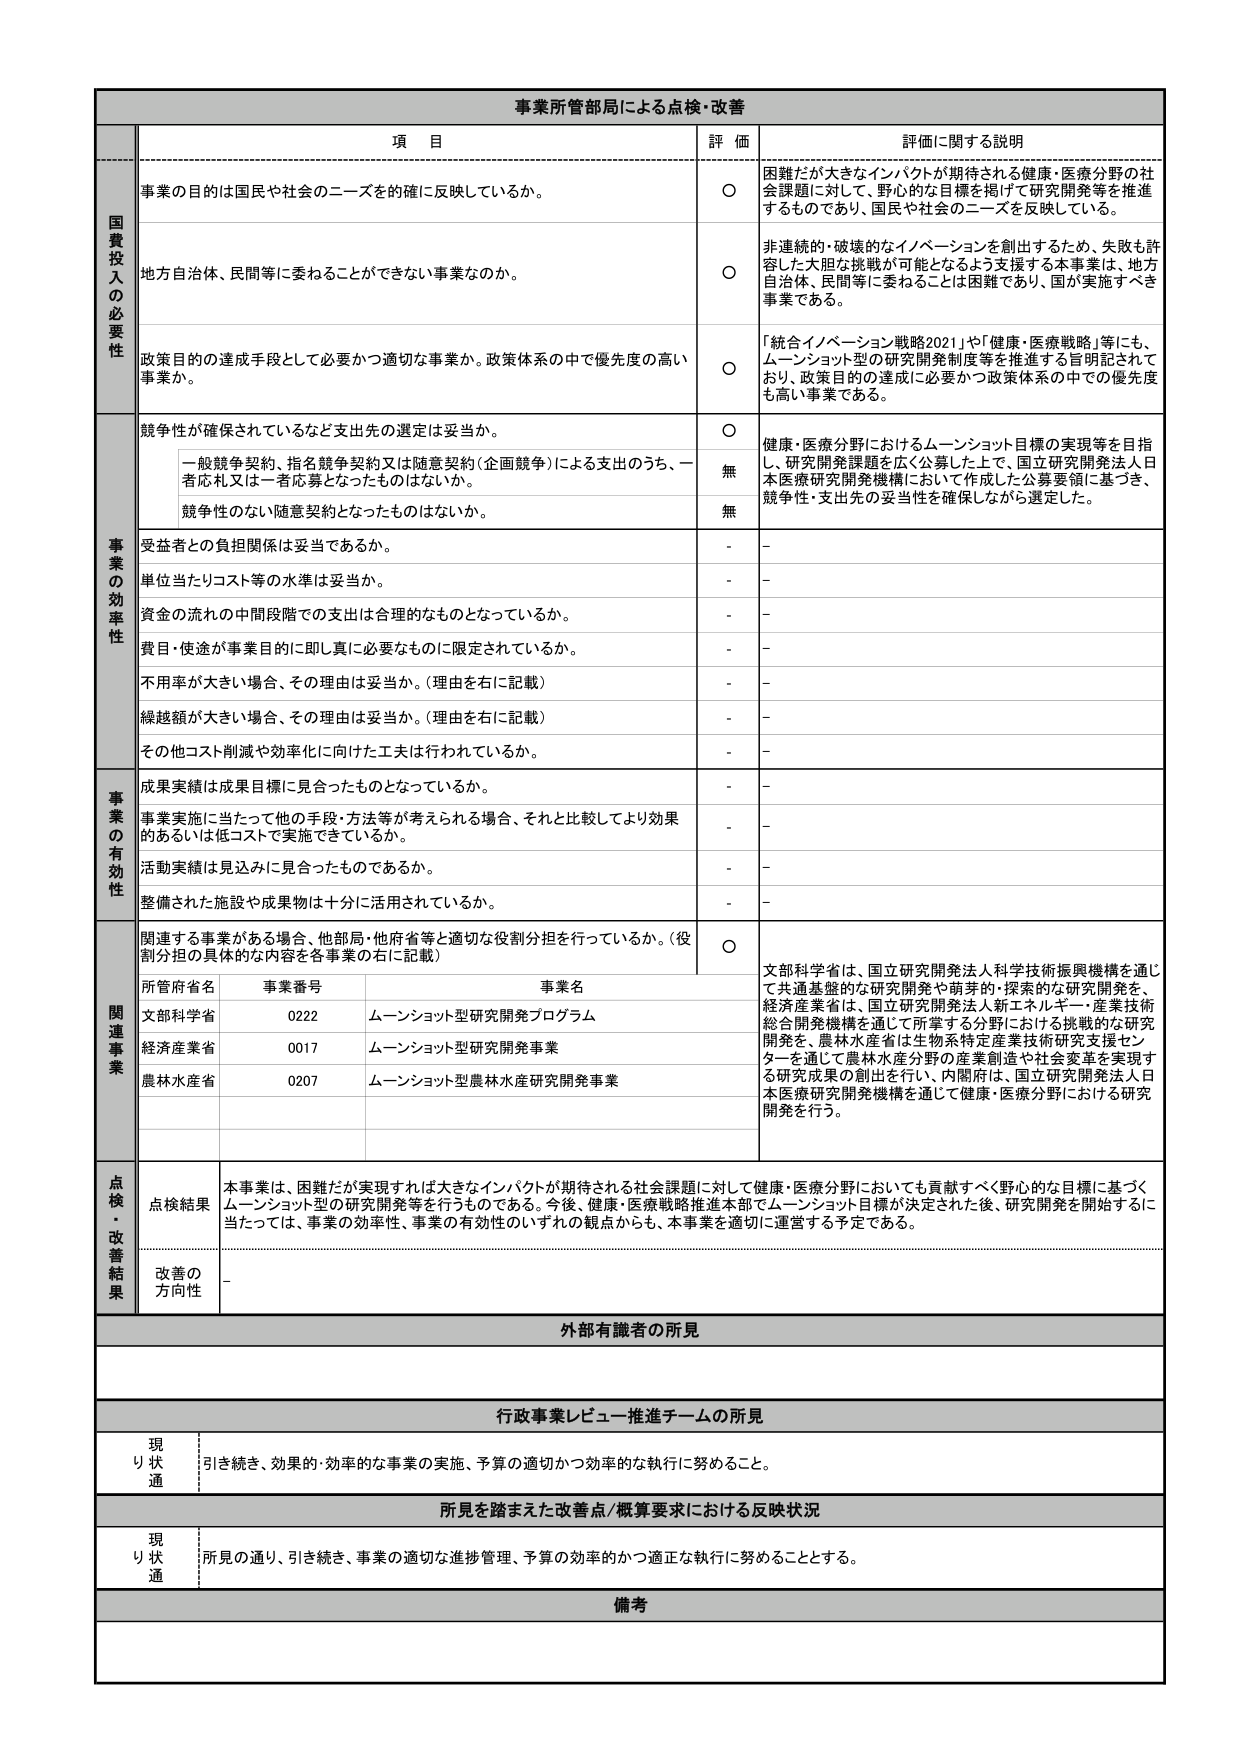
事業所管部局による点検・改善

項 目 評 価 評価に関する説明

国費投入の必要性
事業の目的は国民や社会のニーズを確に反映しているか。
〇 困難だが大きなインパクトが期待される健康・医療分野の社会課題に対して、野心的な目標を掲げて研究開発等を推進するものであり、国民や社会のニーズを反映している。

地方自治体、民間等に委ねることができない事業なのか。
〇 非連続的・破壊的なイノベーションを創出するため、失敗も許容した大胆な挑戦が可能となるよう支援する本事業は、地方自治体、民間等に委ねることは困難であり、国が実施すべき事業である。

政策目的の達成手段として必要かつ適切な事業か。政策体系の中で優先度の高い事業か。
〇 「統合イノベーション戦略2021」や「健康・医療戦略」等にも、ムーンショット型の研究開発制度等を推進する旨明記されており、政策目的の達成に必要かつ政策体系の中での優先度も高い事業である。

事業の効率性
競争性が確保されているなど支出先の選定は妥当か。
〇 健康・医療分野におけるムーンショット目標の実現等を目指し、研究開発課題を広く公募した上で、国立研究開発法人日本医療研究開発機構において作成した公募要領に基づき、競争性・支出先の妥当性を確保しながら選定した。

一般競争契約、指名競争契約又は随意契約（企画競争）による支出のうち、一者応札又は一者応募となったものはないか。
無

競争性のない随意契約となったものはないか。
無

受益者との負担関係は妥当であるか。
-

単位当たりコスト等の水準は妥当か。
-

資金の流れの中間段階での支出は合理的なものとなっているか。
-

費目・使途が事業目的に即し真に必要なものに限定されているか。
-

不用率が大きい場合、その理由は妥当か。（理由を右に記載）
-

繰越額が大きい場合、その理由は妥当か。（理由を右に記載）
-

その他コスト削減や効率化に向けた工夫は行われているか。
-

事業の有効性
成果実績は成果目標に見合ったものとなっているか。
-

事業実施に当たって他の手段・方法等が考えられる場合、それと比較してより効果的あるいは低コストで実施できているか。
-

活動実績は見込みに見合ったものであるか。
-

整備された施設や成果物は十分に活用されているか。
-

関連事業
関連する事業がある場合、他部局・他府省等と適切な役割分担を行っているか。（役割分担の具体的な内容を各事業の右に記載）
〇 文部科学省は、国立研究開発法人科学技術振興機構を通じて共通基盤的な研究開発や萌芽的・探索的な研究開発を、経済産業省は、国立研究開発法人新エネルギー・産業技術総合開発機構を通じて所掌する分野における挑戦的な研究開発を、農林水産省は生物系特定産業技術研究支援センターを通じて農林水産分野の産業創造や社会変革を実現する研究成果の創出を行い、内閣府は、国立研究開発法人日本医療研究開発機構を通じて健康・医療分野における研究開発を行う。

所管府省名 事業番号 事業名
文部科学省 0222 ムーンショット型研究開発プログラム
経済産業省 0017 ムーンショット型研究開発事業
農林水産省 0207 ムーンショット型農林水産研究開発事業

点検・改善結果
点検結果 本事業は、困難だが実現すれば大きなインパクトが期待される社会課題に対して健康・医療分野においても貢献すべく野心的な目標に基づくムーンショット型の研究開発等を行うものである。今後、健康・医療戦略推進本部でムーンショット目標が決定された後、研究開発を開始するに当たっては、事業の効率性、事業の有効性のいずれの観点からも、本事業を適切に運営する予定である。

改善の方向性 -

外部有識者の所見

行政事業レビュー推進チームの所見
現り状通 引き続き、効果的・効率的な事業の実施、予算の適切かつ効率的な執行に努めること。

所見を踏まえた改善点/概算要求における反映状況
現り状通 所見の通り、引き続き、事業の適切な進捗管理、予算の効率的かつ適正な執行に努めることとする。

備考